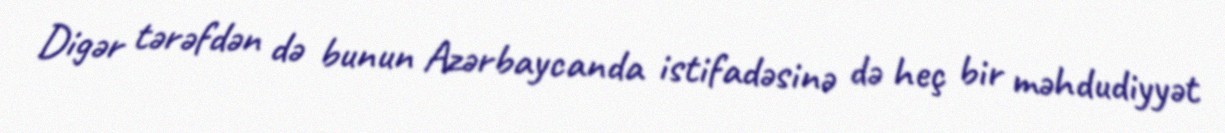
Digər tərəfdən də bunun Azərbaycanda istifadəsinə də heç bir məhdudiyyət